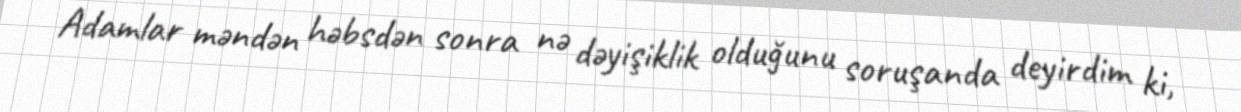
Adamlar məndən həbsdən sonra nə dəyişiklik olduğunu soruşanda deyirdim ki,